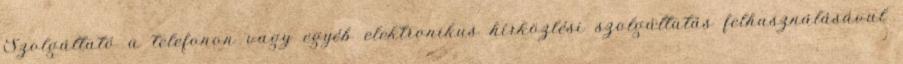
Szolgáltató a telefonon vagy egyéb elektronikus hírközlési szolgáltatás felhasználásával